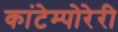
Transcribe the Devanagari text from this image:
कांटेम्पोरेरी